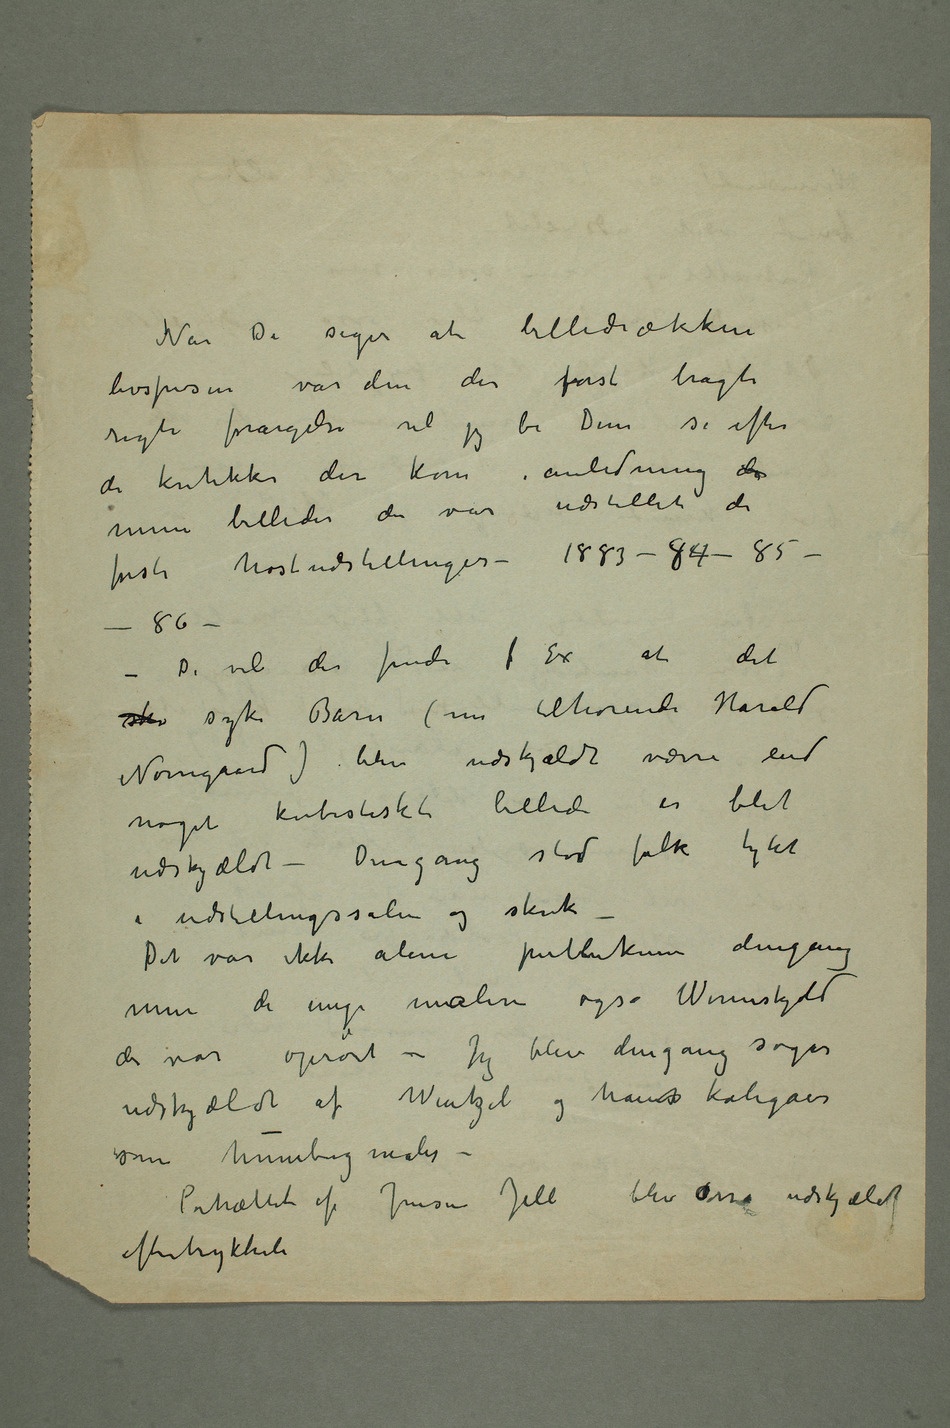
Når De siger at billedrækken
livsfrisen var den der først bragte
rigti forargelse vil jeg be Dem se efter
de kritikker der kom i anledning da mine
billeder der var
første høstudstillinger – 1883–84–85–
–86–
– De vil der finde f Ex at det
sk syke Barn (nu tilhørende Harald
Nørregaard) blev udskjældt værre end noget
kubistisk billede er blit
udskjældt – Dengang stod folk tykt
i udstillingssalen og skrek
– Det var ikke alene publikum dengang
men de unge malere også Werenskjold
der var oprørt – Jeg blev dengang sogar
udskjældt af Wentzel og hanss kolegaer
som humbug maler –
Portrættet af Jensen Jell blev osså udskjældt
eftertrykkeli